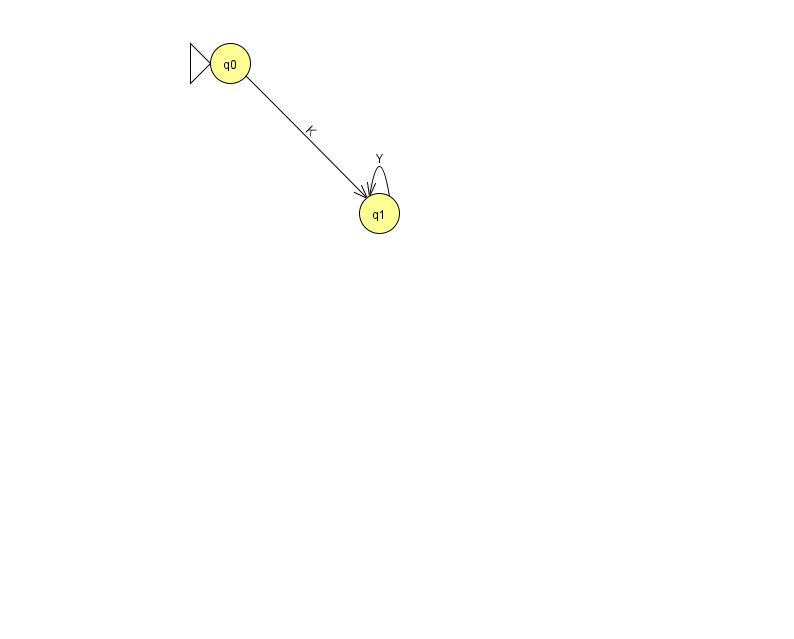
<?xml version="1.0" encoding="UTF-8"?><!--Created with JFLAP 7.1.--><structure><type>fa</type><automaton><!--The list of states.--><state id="0" name="q0"><x>230.0</x><y>50.0</y><initial/></state><state id="1" name="q1"><x>379.0</x><y>200.0</y></state><!--The list of transitions.--><transition><from>0</from><to>1</to><read>K</read></transition><transition><from>1</from><to>1</to><read>Y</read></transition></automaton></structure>